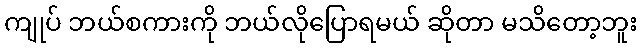
ကျုပ် ဘယ်စကားကို ဘယ်လိုပြောရမယ် ဆိုတာ မသိတော့ဘူး